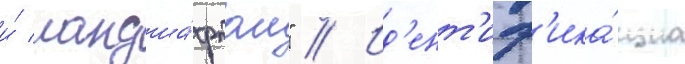
и́ ландша́фтом" // Ид'ент'иф'ика́циа